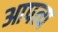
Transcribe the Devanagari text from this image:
आपत्य